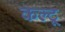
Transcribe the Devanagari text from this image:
कल्टू